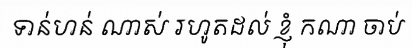
ទាន់ហន់ ណាស់ រហូតដល់ ខ្ញុំ កណា ចាប់